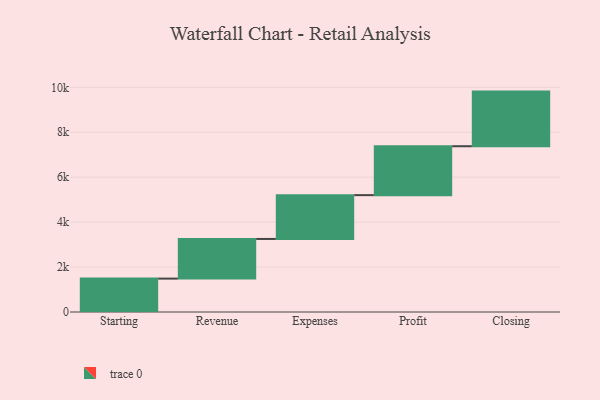
{"axis": {"x": "Step", "y": "Value"}, "legend": [""], "data": [{"x": "Starting", "y": 1487.0, "type": ""}, {"x": "Revenue", "y": 1765.0, "type": ""}, {"x": "Expenses", "y": 1950.0, "type": ""}, {"x": "Profit", "y": 2177.0, "type": ""}, {"x": "Closing", "y": 2432.0, "type": ""}]}